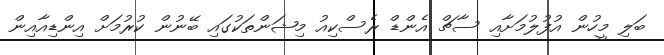
ބަލި މީހުން އުފުލުމަށާއި ސާޗް އެންޑް ރެސްކިއު މިޝަންތަކުގައި ބޭނުން ކުރުމަށް އިންޑިއާއިން